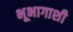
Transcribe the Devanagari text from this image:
भूभागाशी